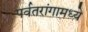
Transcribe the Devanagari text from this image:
पर्वतरांगामध्ये